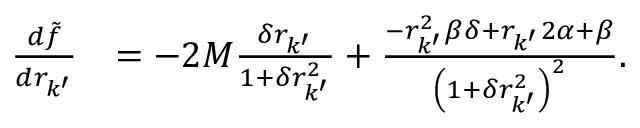
\begin{array} { r l } { \frac { d \tilde { f } } { d r _ { k ^ { \prime } } } } & { = - 2 M \frac { \delta r _ { k ^ { \prime } } } { 1 + \delta r _ { k ^ { \prime } } ^ { 2 } } + \frac { - r _ { k ^ { \prime } } ^ { 2 } \beta \delta + r _ { k ^ { \prime } } 2 \alpha + \beta } { \left( 1 + \delta r _ { k ^ { \prime } } ^ { 2 } \right) ^ { 2 } } . } \end{array}